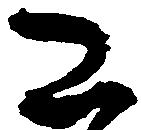
已